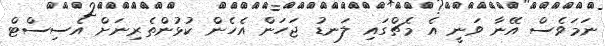
ނަމަވެސް އޭނާ ވަނީ އެ މެޗްގައި ލަނޑު ޖަހަން އެހެން ކުޅުންތެރިނަށް އެސިސްޓް